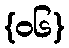
{၀၆}